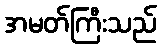
အမတ်ကြီးသည်